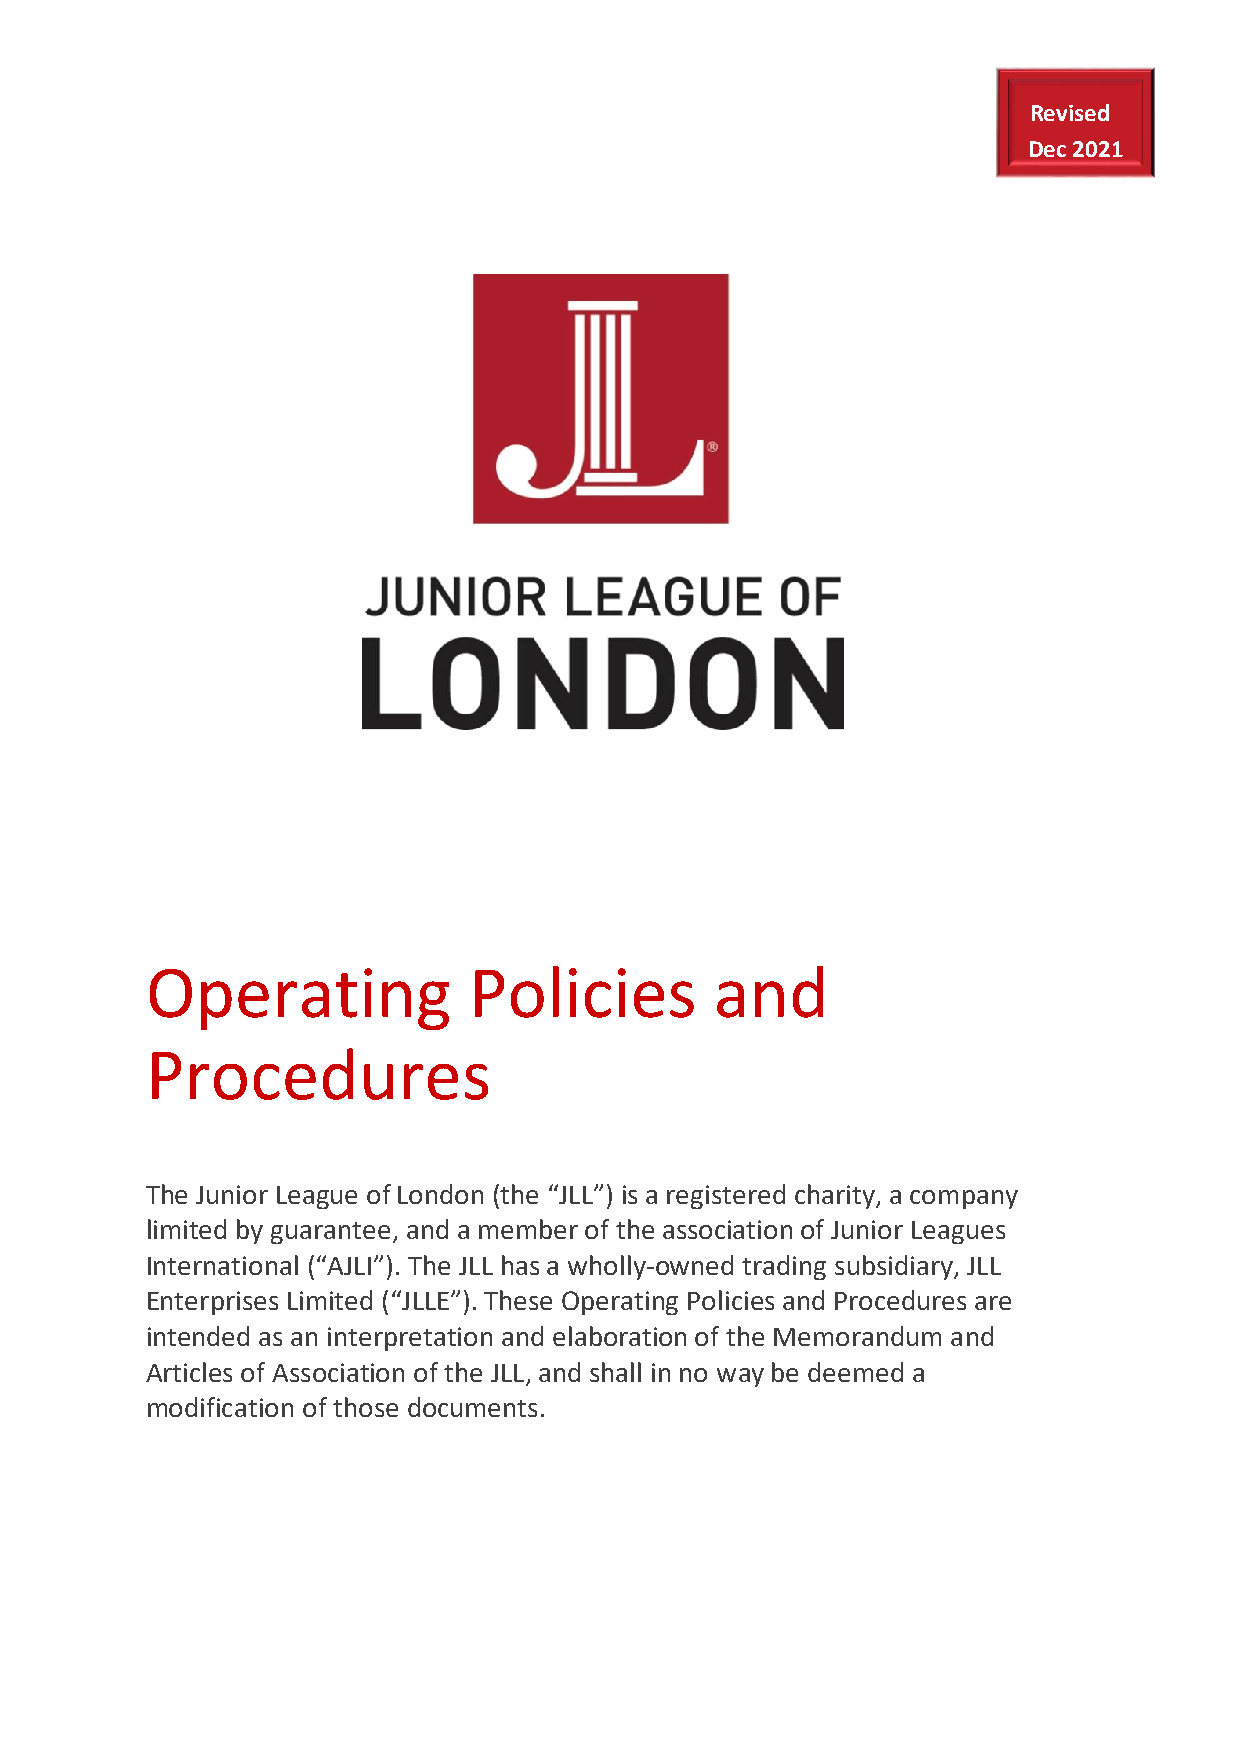
Revised
 Dec 2021
 Operating            Policies        and
 Procedures
 The Junior League of London (the “JLL”) is a registered charity, a company
 limited by guarantee, and a member of the association of Junior Leagues
 International (“AJLI”). The JLL has a wholly-owned trading subsidiary, JLL
 Enterprises Limited (“JLLE”). These Operating Policies and Procedures are
 intended as an interpretation and elaboration of the Memorandum and
 Articles of Association of the JLL, and shall in no way be deemed a
 modification of those documents.